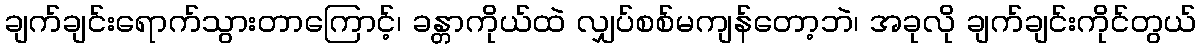
ချက်ချင်းရောက်သွားတာကြောင့်၊ ခန္တာကိုယ်ထဲ လျှပ်စစ်မကျန်တော့ဘဲ၊ အခုလို ချက်ချင်းကိုင်တွယ်